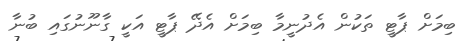
ބިމަށް ޕާޓީ ތަކުން އެދުނީމާ ބިމަށް އެދޭ ޕާޓީ އަކީ ގާނޫނުގައި ބުނާ